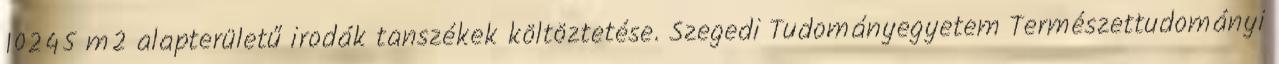
10245 m2 alapterületű irodák tanszékek költöztetése. Szegedi Tudományegyetem Természettudományi